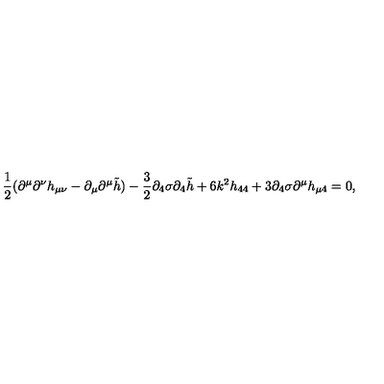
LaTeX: \frac { 1 } { 2 } ( \partial ^ { \mu } \partial ^ { \nu } h _ { \mu \nu } - \partial _ { \mu } \partial ^ { \mu } \tilde { h } ) - \frac { 3 } { 2 } \partial _ { 4 } \sigma \partial _ { 4 } \tilde { h } + 6 k ^ { 2 } h _ { 4 4 } + 3 \partial _ { 4 } \sigma \partial ^ { \mu } h _ { \mu 4 } = 0 ,